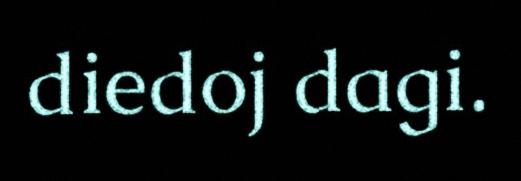
diedoj dagi.